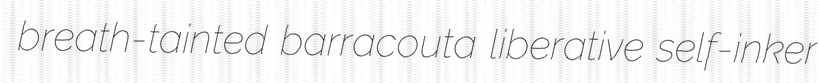
breath-tainted barracouta liberative self-inker